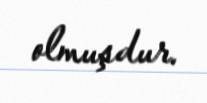
olmuşdur.